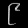
Digit: ၉